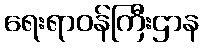
ရေးရာဝန်ကြီးဌာန